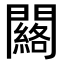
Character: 𨷀